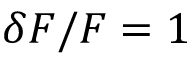
\delta F / F = 1 \